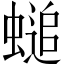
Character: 𧏴